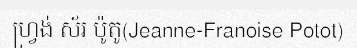
ហ្វ្រង់ ស័រ ប៉ូតូ(Jeanne-Franoise Potot)